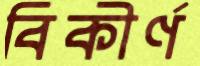
বিকীর্ণ